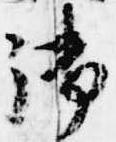
御